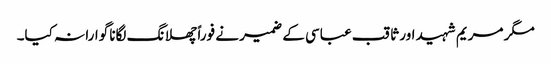
مگر مریم شہید اور ثاقب عباسی کے ضمیر نے فوراً چھلانگ لگانا گوارا نہ کیا۔